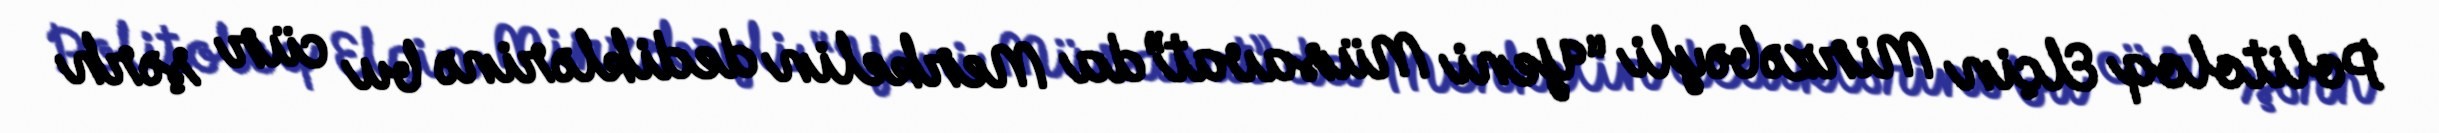
Politoloq Elçin Mirzəbəyli “Yeni Müsavat”da Merkelin dediklərinə bu cür şərh